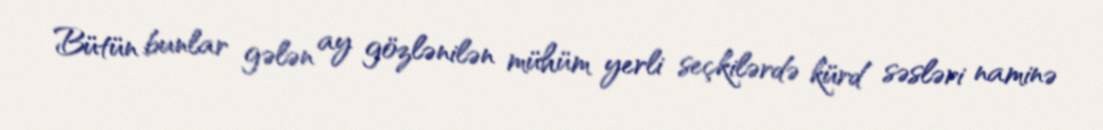
Bütün bunlar gələn ay gözlənilən mühüm yerli seçkilərdə kürd səsləri naminə